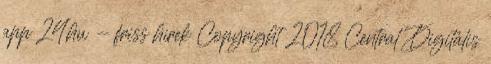
app 24.hu - friss hírek Copyright 2018 Central Digitális